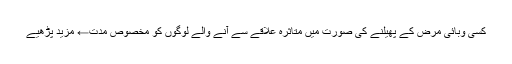
کسی وبائی مرض کے پھیلنے کی صورت میں متاثرہ علاقے سے آنے والے لوگوں کو مخصوص مدت← مزید پڑھیے